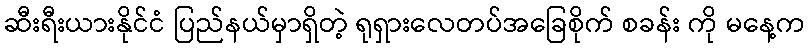
ဆီးရီးယားနိုင်ငံ ပြည်နယ်မှာရှိတဲ့ ရုရှားလေတပ်အခြေစိုက် စခန်း ကို မနေ့က